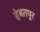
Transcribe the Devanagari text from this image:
हेबतपुर